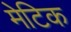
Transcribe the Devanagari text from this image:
मेटिक